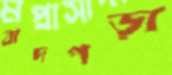
বাদপড়া